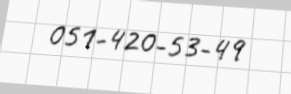
051-420-53-49